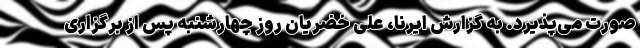
صورت می‌پذیرد. به گزارش ایرنا، علی خضریان روز چهارشنبه پس از برگزاری